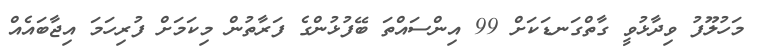
މަހުލޫފު ވިދާޅުވީ ގާތްގަނޑަކަށް 99 އިންސައްތަ ބޭފުޅުންގެ ފަރާތުން މިކަމަށް ފުރިހަމަ އިޖާބައެއް